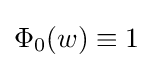
\Phi _{0}(w)\equiv 1